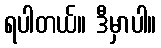
ရပါတယ်။ ဒီမှာပါ။